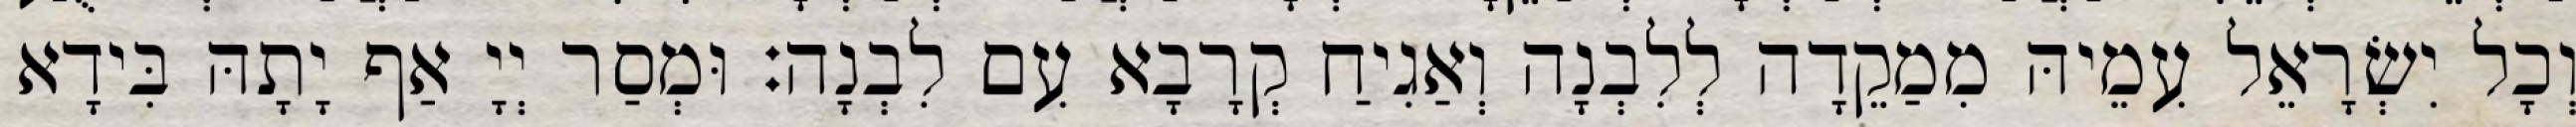
וְכָל יִשְׂרָאֵל עִמֵיהּ מִמַקֵדָה לְלִבְנָה וְאַגִיחַ קְרָבָא עִם לִבְנָה׃ וּמְסַר יְיָ אַף יָתָהּ בִּידָא